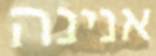
אנינה